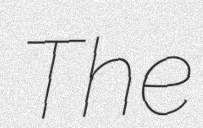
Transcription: The